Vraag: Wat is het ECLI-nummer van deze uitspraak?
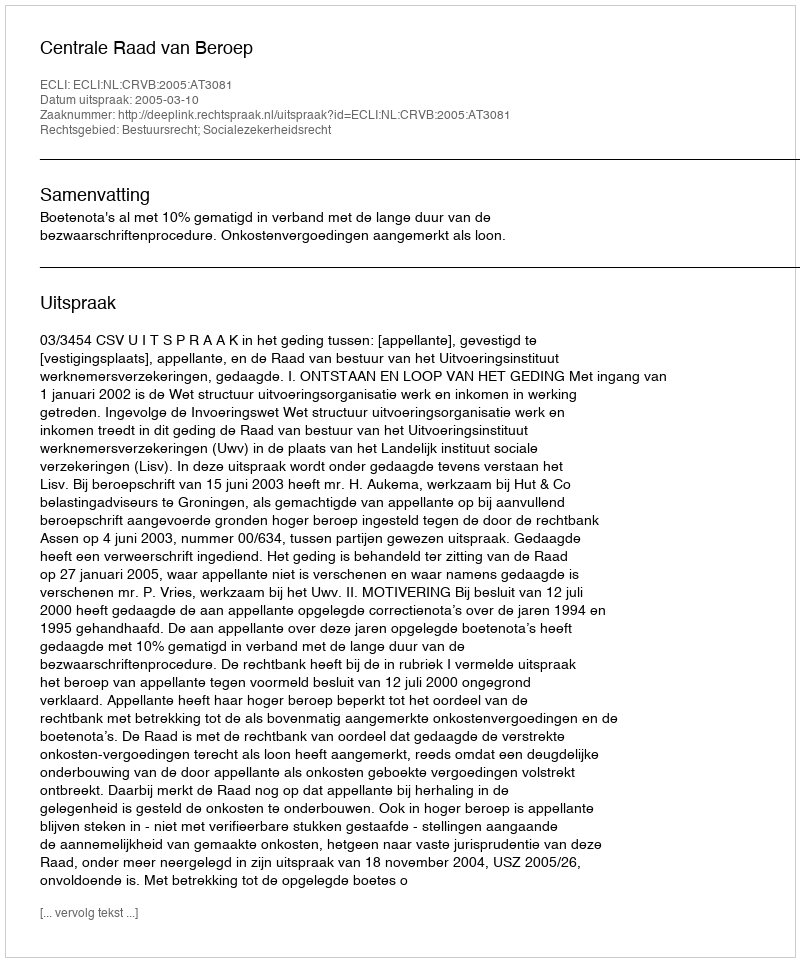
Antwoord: ECLI:NL:CRVB:2005:AT3081